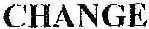
CHANGE